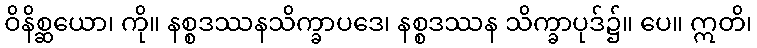
ဝိနိစ္ဆယော၊ ကို။ နစ္စဒဿနသိက္ခာပဒေ၊ နစ္စဒဿန သိက္ခာပုဒ်၌။ ပေ။ ဣတိ၊